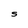
Character: S